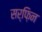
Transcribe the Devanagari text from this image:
सर्फ़िन